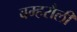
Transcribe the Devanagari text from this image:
बम्हरौली